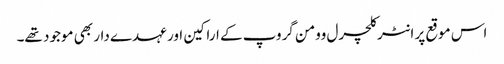
اس موقع پر انٹر کلچرل وومن گروپ کے اراکین اور عہدے دار بھی موجود تھے۔